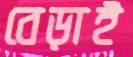
বেড়াই